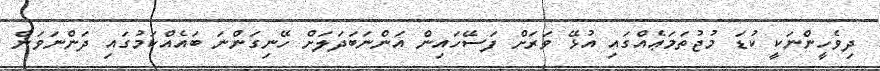
ދިވެހީންނަކީ ކުޑަ މުޖުތަމަޢެއްގައި އުޅޭ ވަރަށް ފަސޭހައިން އަންނަބަދަލަށް ހޭނިގަންނަ ބައެއްކަމުގައި ދަންނަވަން